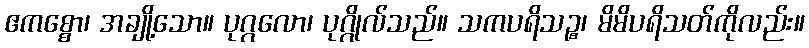
ဧကစ္စော၊ အချို့သော။ ပုဂ္ဂလော၊ ပုဂ္ဂိုလ်သည်။ သကပရိသဉ္စ၊ မိမိပရိသတ်ကိုလည်း။